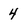
Character: 4